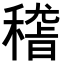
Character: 𥡴